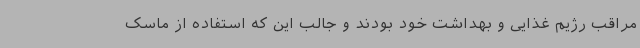
مراقب رژیم غذایی و بهداشت خود بودند و جالب این که استفاده از ماسک